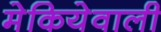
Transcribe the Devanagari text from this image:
मेकियेवाली